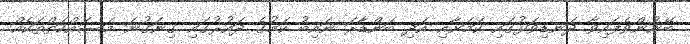
ބޭނުންވެފައިވާ ދަނޑިވަޅުގައި ކަމަށާއި އަދި ބަންޑާރަ ނައިބު ކަމުގެ ދައުރުގައި ގިނަގުނަ މަސައްކަތްތަކެއް